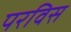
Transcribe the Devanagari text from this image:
परविस